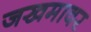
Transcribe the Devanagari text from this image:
जखमावर